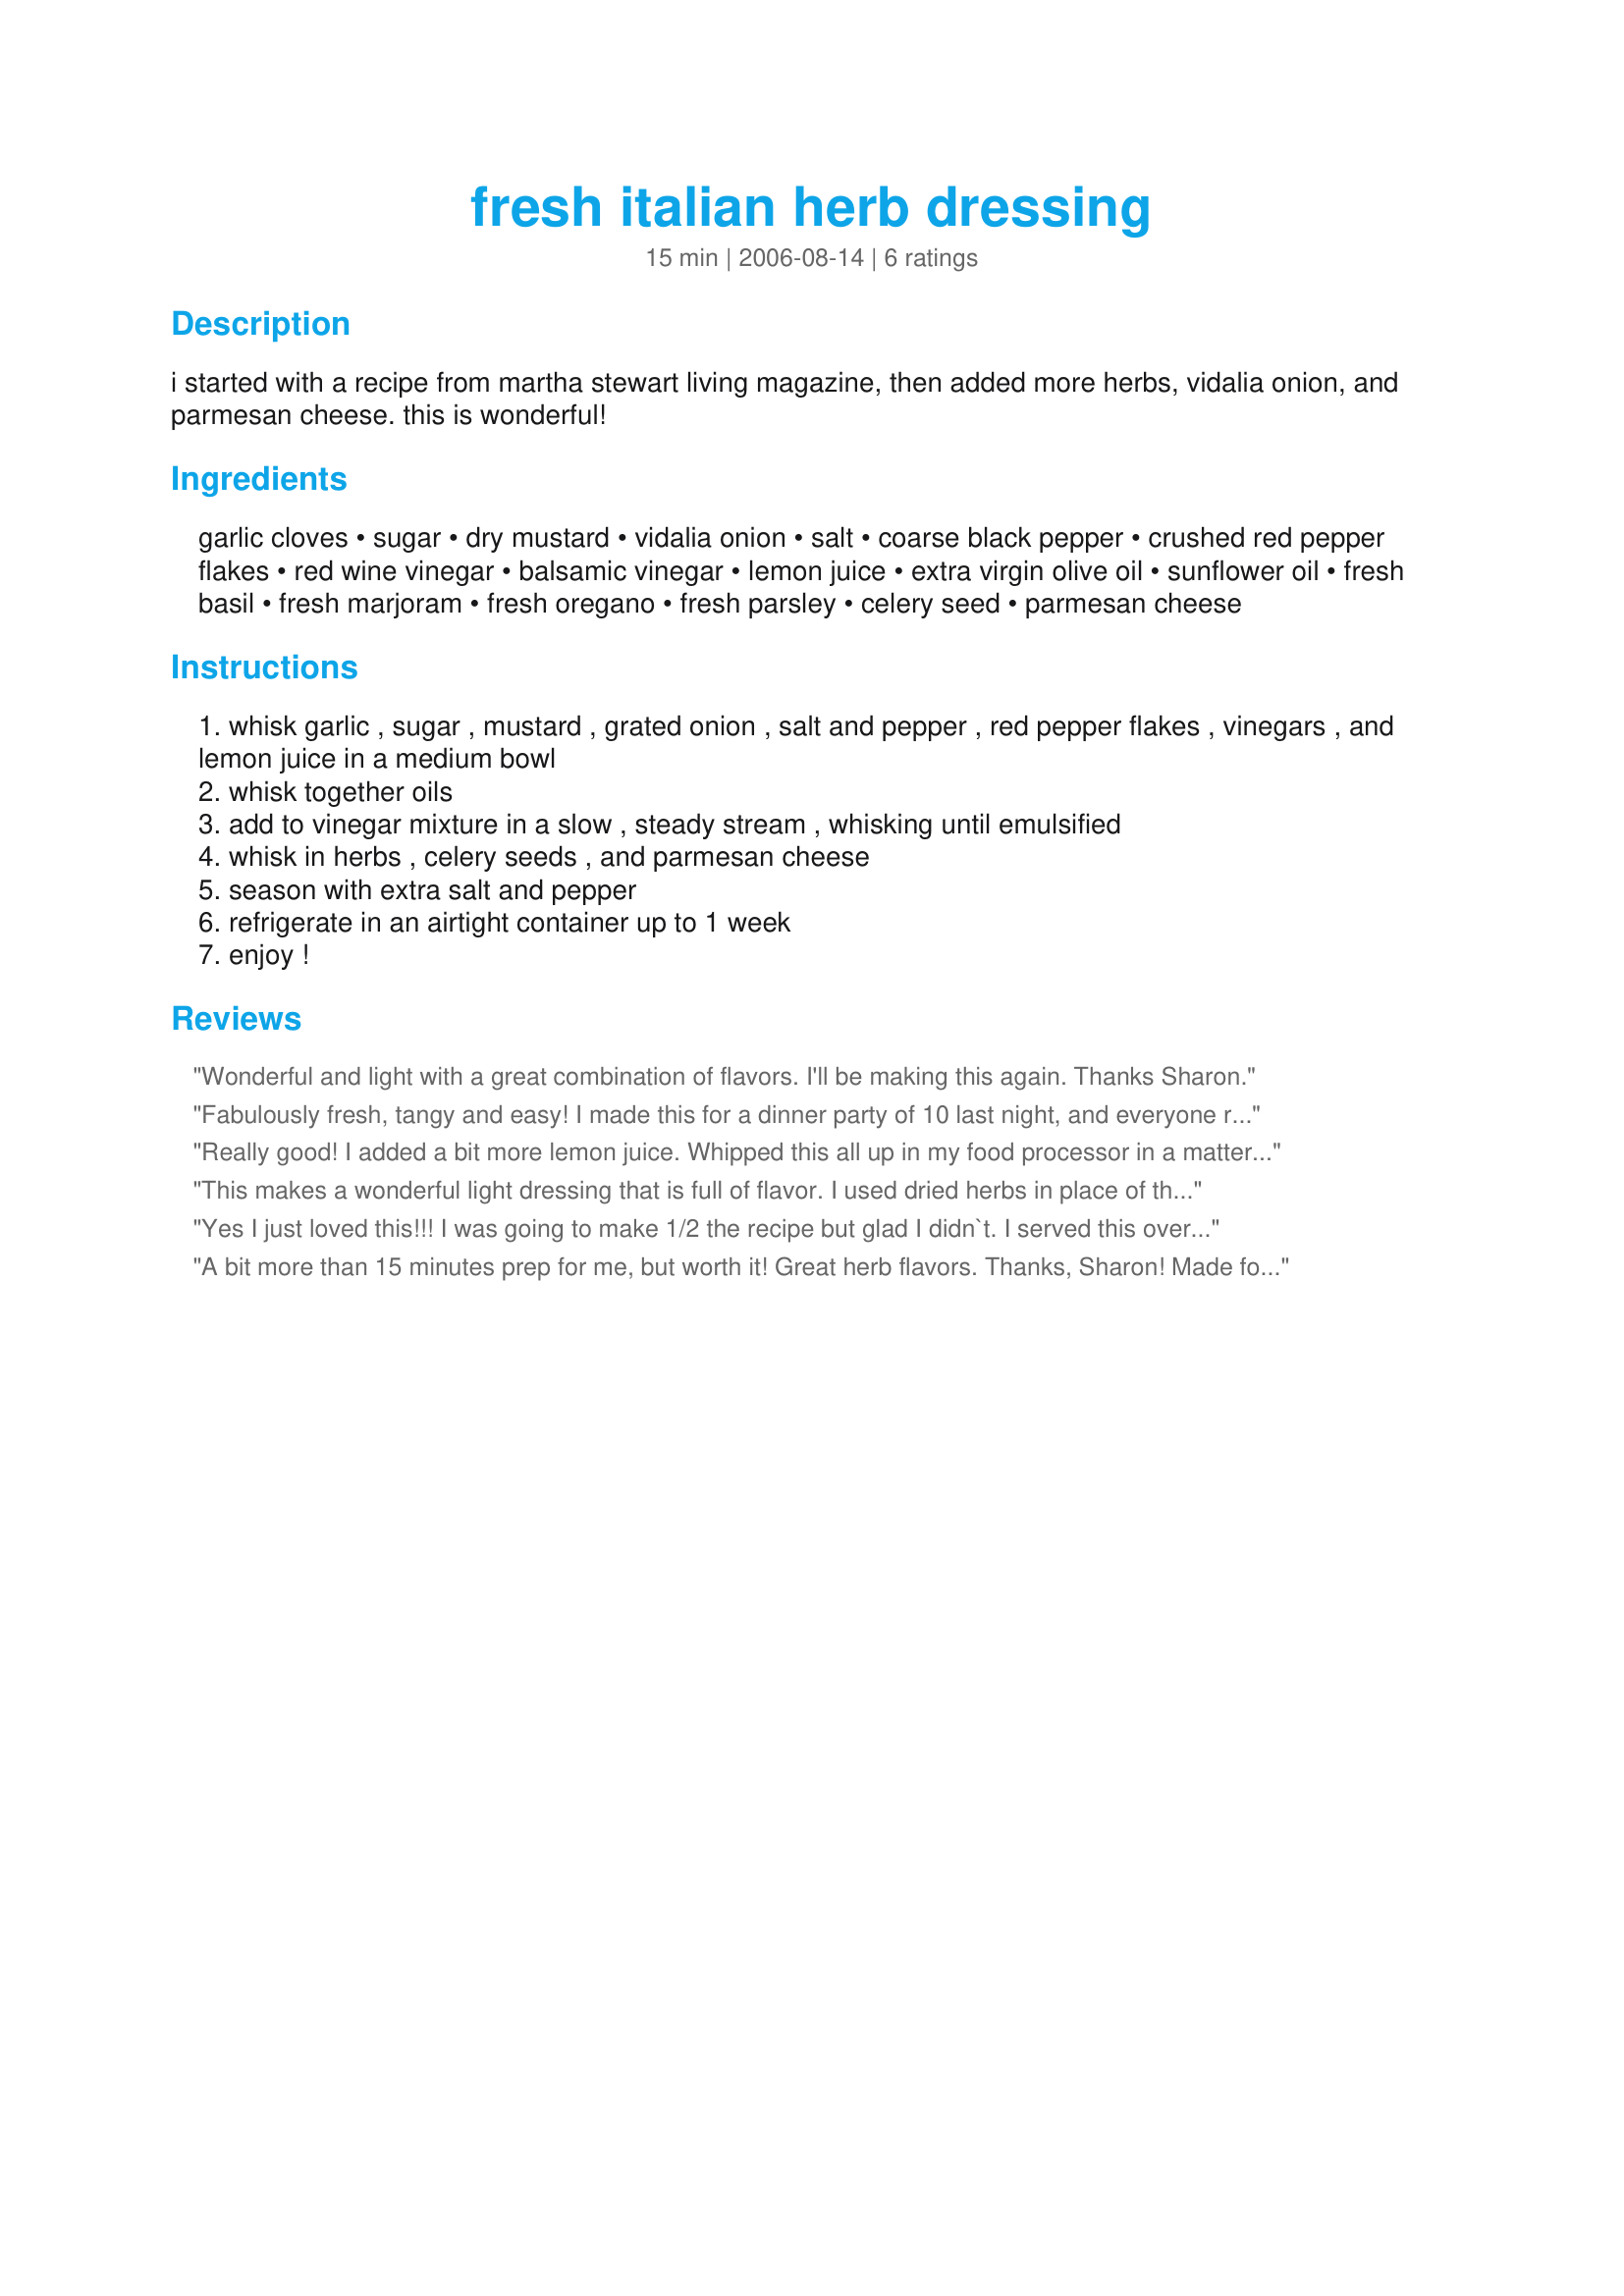
fresh italian herb dressing
Preparation time: 15 minutes

i started with a recipe from martha stewart living magazine, then added more herbs, vidalia onion, and parmesan cheese. this is wonderful!

Ingredients:
garlic cloves, sugar, dry mustard, vidalia onion, salt, coarse black pepper, crushed red pepper flakes, red wine vinegar, balsamic vinegar, lemon juice, extra virgin olive oil, sunflower oil, fresh basil, fresh marjoram, fresh oregano, fresh parsley, celery seed, parmesan cheese

Steps:
whisk garlic , sugar , mustard , grated onion , salt and pepper , red pepper flakes , vinegars , and lemon juice in a medium bowl
whisk together oils
add to vinegar mixture in a slow , steady stream , whisking until emulsified
whisk in herbs , celery seeds , and parmesan cheese
season with extra salt and pepper
refrigerate in an airtight container up to 1 week
enjoy !

Reviews:
Wonderful and light with a great combination of flavors. I'll be making this again. Thanks Sharon.
Fabulously fresh, tangy and easy! I made this for a dinner party of 10 last night, and everyone raved! there is a bit too much oil and not enough lemon juice, but it is a wonderful overall recipe! I will definitely try it again. I am making recipe cards for all of my guests with the spices already in it to take home and recreate! ciao!
Really good! I added a bit more lemon juice. Whipped this all up in my food processor in a matter of minutes!!
This makes a wonderful light dressing that is full of flavor. I used dried herbs in place of the fresh except for the basil. I will keep t his on hand to make again.
Yes I just loved this!!! I was going to make 1/2 the recipe but glad I didn`t. I served this over baby spinach with fresh tomato and grilled chicken slices. I opted to top the salad with the grated cheese instead of adding it to the dressing. 
Thanks
A bit more than 15 minutes prep for me, but worth it! Great herb flavors. Thanks, Sharon! Made for PRMR.
